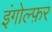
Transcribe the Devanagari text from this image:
इंगोल्फ़र